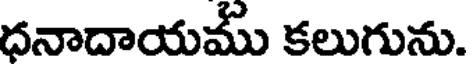
ధనాదాయము కలుగును.